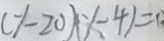
( y - 2 0 ) ( y - 4 ) = 0